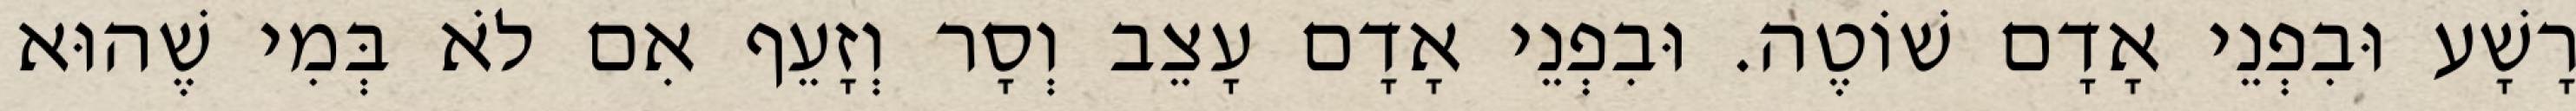
רָשָׁע וּבִפְנֵי אָדָם שׁוֹטֶה. וּבִפְנֵי אָדָם עָצֵב וְסָר וְזָעֵף אִם לֹא בְּמִי שֶׁהוּא